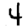
Digit: 4